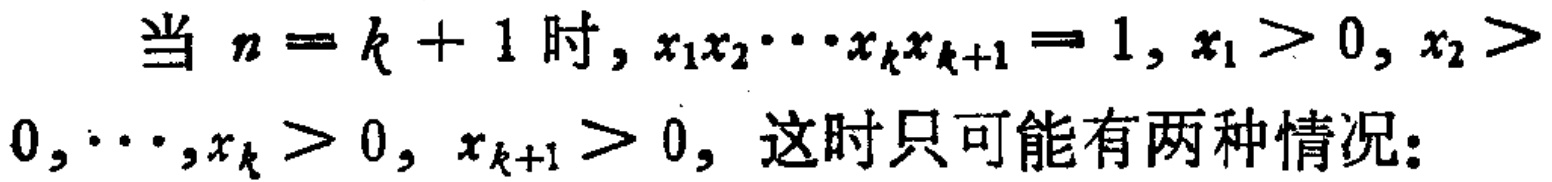
当 \(n = k + 1\) 时, \(x_1x_2\cdots x_kx_{k + 1}= 1\), \(x_1 > 0\), \(x_2 > 0,\cdots,x_k > 0\), \(x_{k + 1} > 0\), 这时只可能有两种情况: